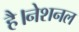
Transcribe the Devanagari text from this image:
है।नेशनल